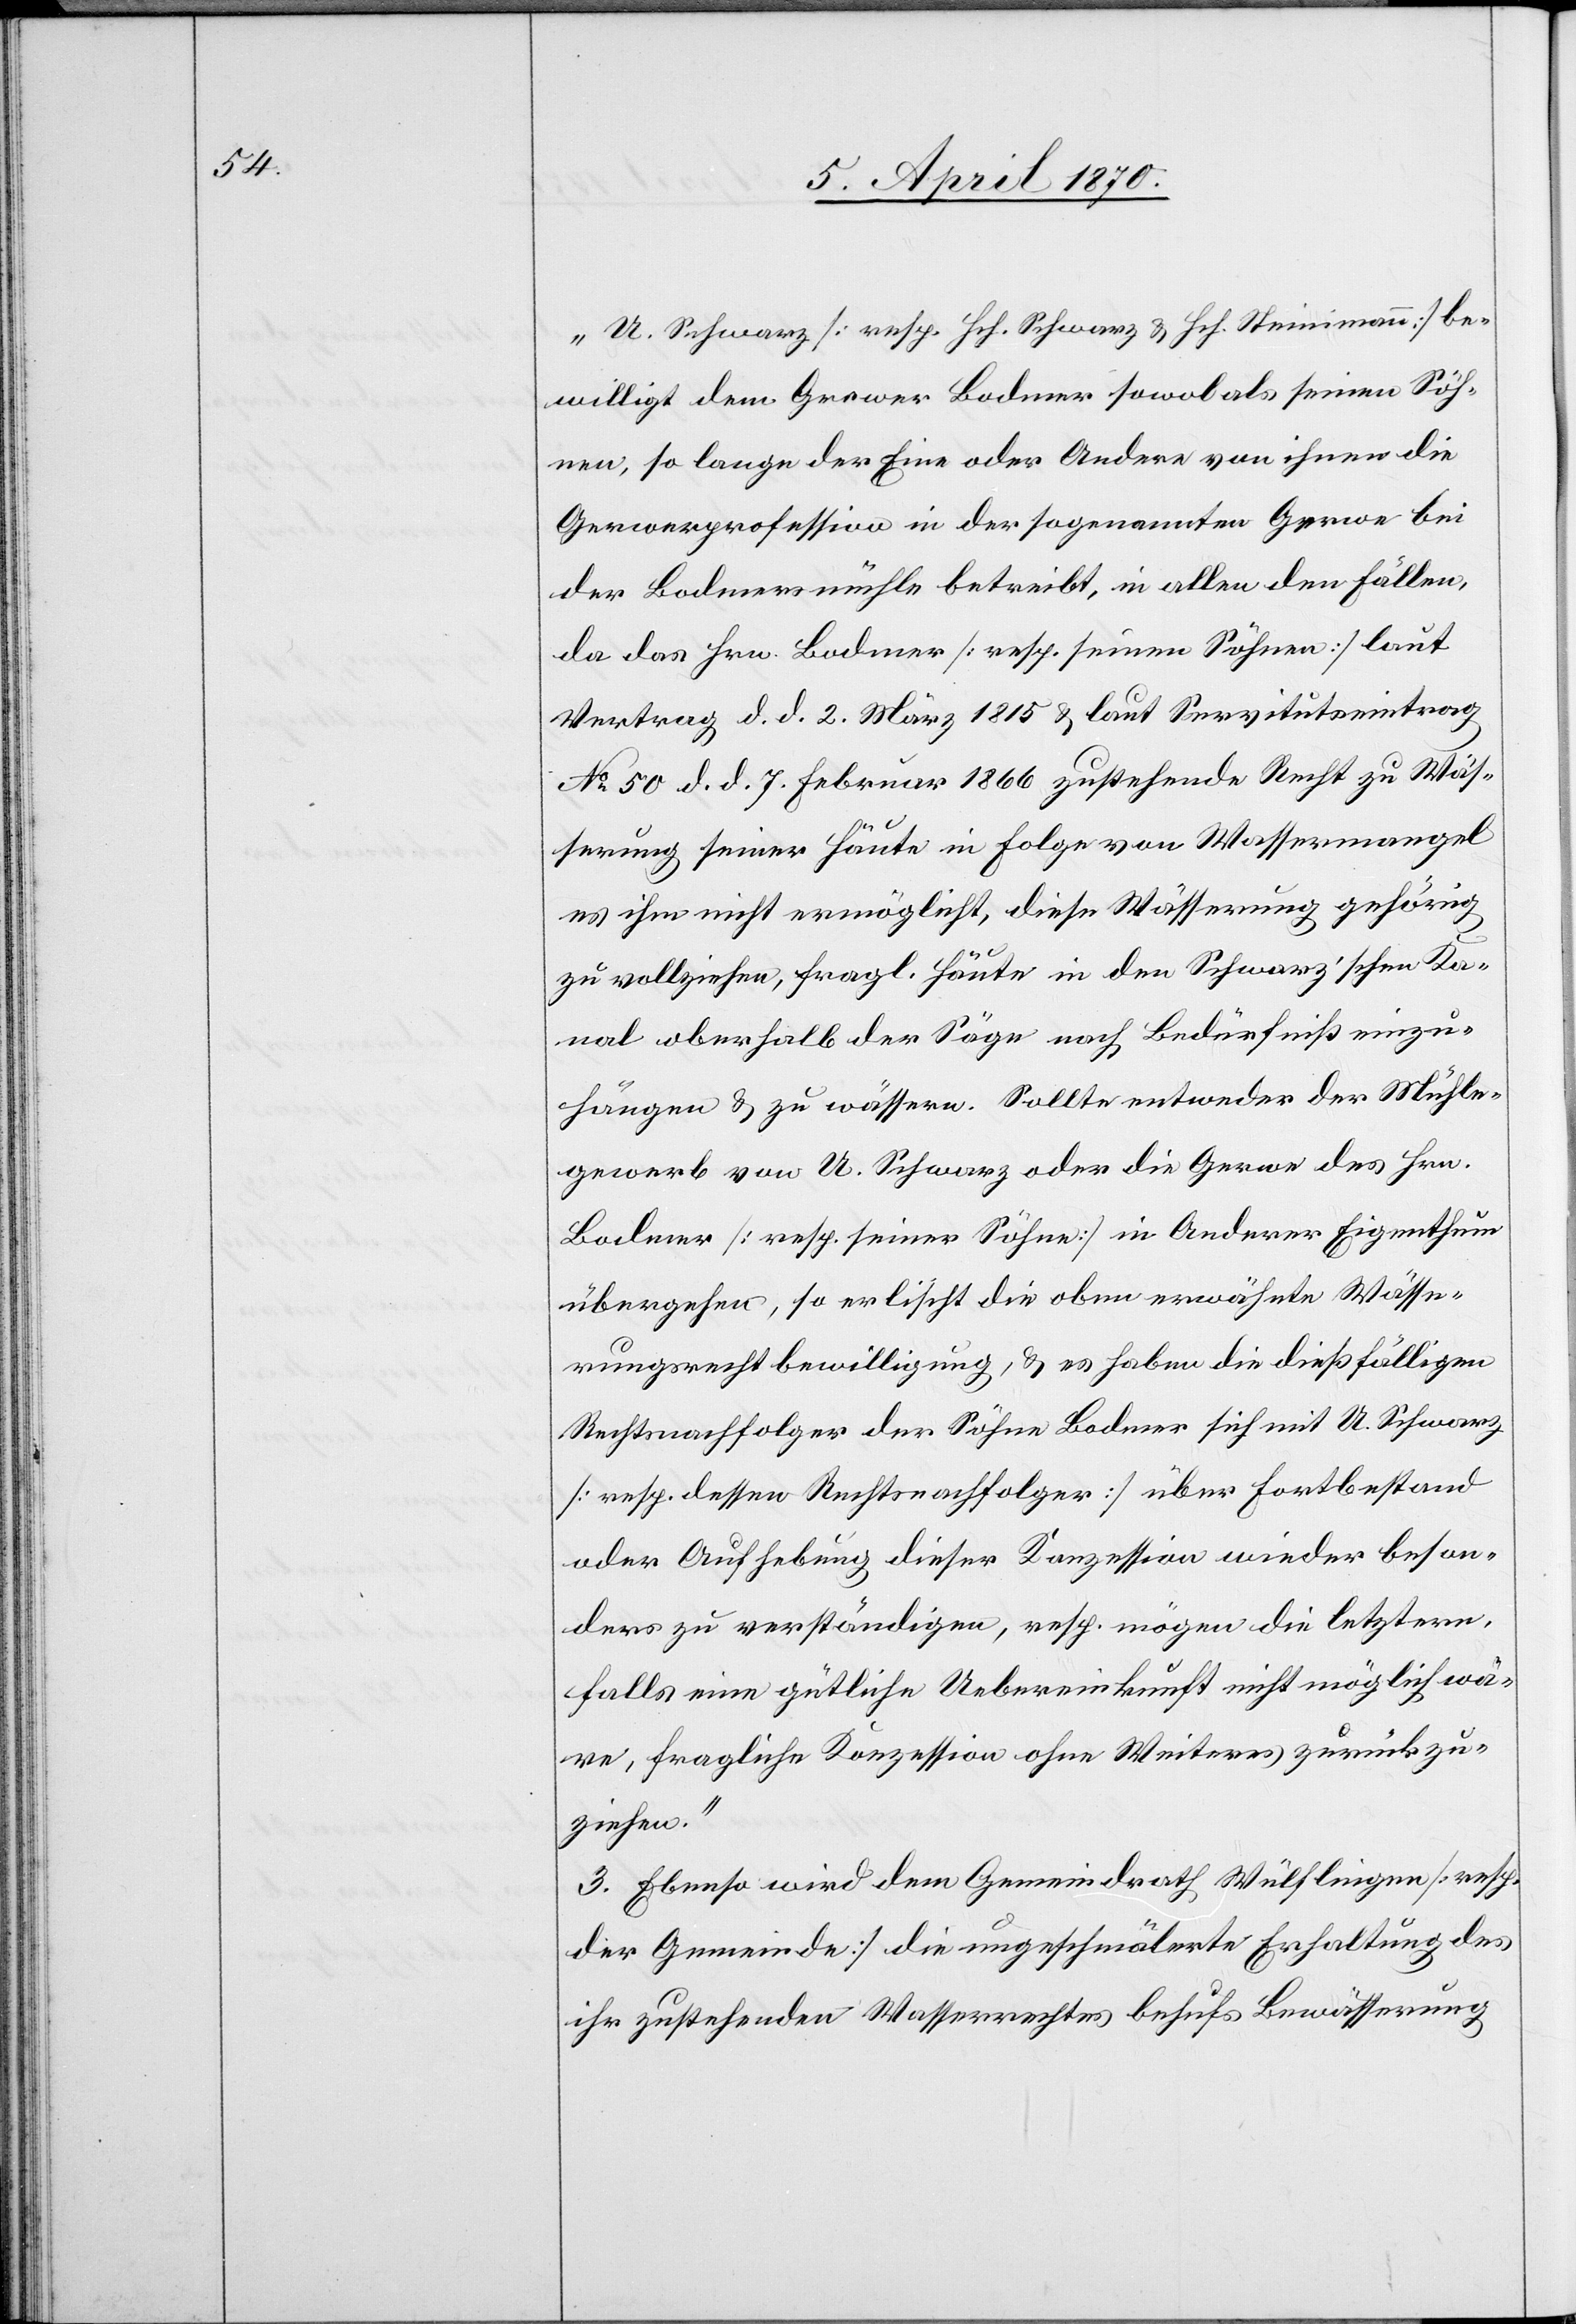
„U. Schwarz [resp. Hch. Schwarz & Hch. Steinmann] be¬
willigt dem Gerwer Bodmer sowol als seinen Söh¬
nen, so lange der Eine oder Andere von ihnen die
Gerwerprofession in der sogenannten Gerwe bei
der Bodmersmühle betreibt, in allen den Fällen,
da das Hrn. Bodmer [resp. seinen Söhnen] laut
Vertrag d. d. 2. März 1815 & laut Servitutseintrag
No 50 d. d. 7. Februar 1866 zustehende Recht zu Wäs¬
serung seiner Häute in Folge von Wassermangel
es ihm nicht ermöglicht, diese Wässerung gehörig
zu vollziehen, fragl. Häute in den Schwarz’schen Ka¬
nal oberhalb der Säge nach Bedürfniß einzu¬
hängen & zu wässern. Sollte entweder der Mühle¬
gewerb von U. Schwarz oder die Gerwe des Hrn.
Bodmer [resp. seiner Söhne] in Anderer Eigenthum
übergehen, so erlischt die oben erwähnte Wässe¬
rungsrecht[s]bewilligung, & es haben die dießfälligen
Rechtsnachfolger der Söhne Bodmer sich mit U. Schwarz
[resp. dessen Rechtsnachfolger] über Fortbestand
oder Aufhebung dieser Konzession wieder beson¬
ders zu verständigen, resp. mögen die letztern,
falls eine gütliche Uebereinkunft nicht möglich wä¬
re, fragliche Konzession ohne Weiteres zurückzu¬
ziehen.“
3. Ebenso wird dem Gemeindrath Wülfligen [resp.
der Gemeinde] die ungeschmälerte Erhaltung des
ihr zustehenden Wasserrechtes behufs Bewässerung